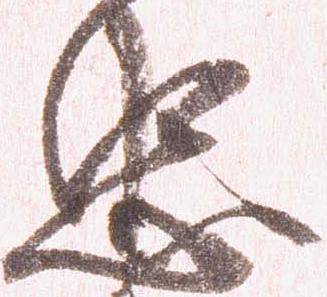
忠